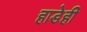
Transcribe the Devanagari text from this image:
हाडेही